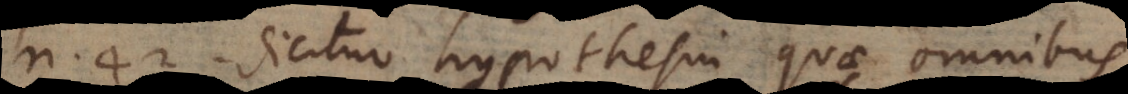
3. ] dicitur hypothesin quae omnibus